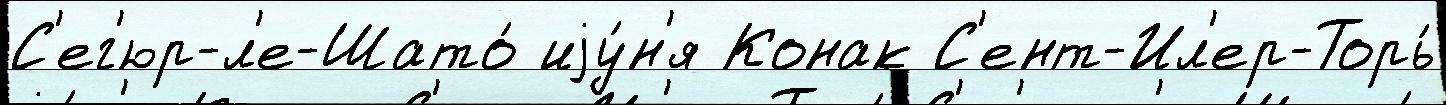
С'ег'юр-л'е-Шато́ иjу́н'я Конак С'ент-Ил'ер-Торь́